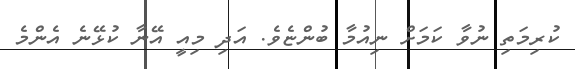
ކުރިމަތި ނުވާ ކަމަށް ނިއުމާ ބުންޏެވެ. އަދި މިއީ އޭނާ ކުޅޭނެ އެންމެ